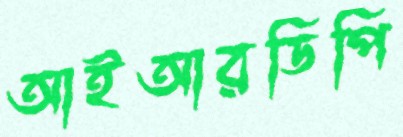
আইআরডিপি